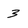
Character: 3